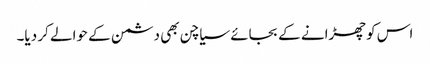
اس کو چھڑانے کے بجائے سیاچن بھی دشمن کے حوالے کر دیا۔